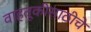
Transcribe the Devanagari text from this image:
वाहतूकीसाठीचे